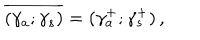
LaTeX: \overline { { { ( \gamma _ { a } ; \gamma _ { s } ) } } } = ( \gamma _ { a } ^ { + } ; \gamma _ { s } ^ { + } ) \, ,